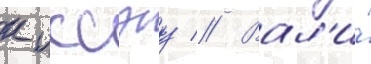
к иссэу // Вал'и́